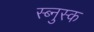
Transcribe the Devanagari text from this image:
स्ब्नुस्क